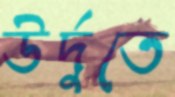
উর্দুতে